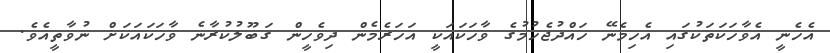
އެހެނީ އެވާހަކަތަކުގައި އެހިމެނޭ ހައްދުޖެހުމުގެ ވާހަކައަކީ އަހަރެމެން ދިވެހީން ގަބޫލުކުރާނެ ވާހަކައަކަށް ނުވާތީއެވެ.